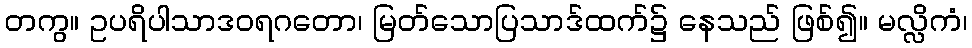
တကွ။ ဥပရိပါသာဒဝရဂတော၊ မြတ်သောပြသာဒ်ထက်၌ နေသည် ဖြစ်၍။ မလ္လိကံ၊